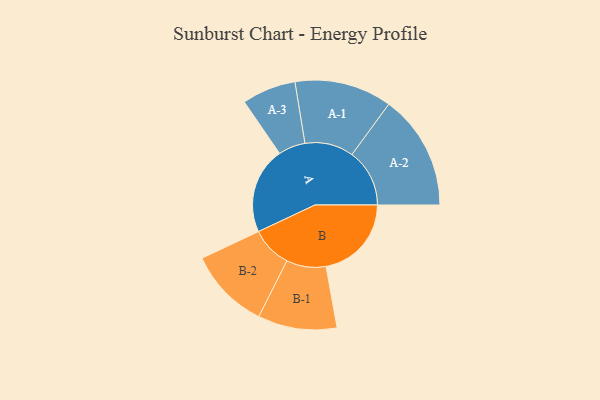
{"axis": {"x": "Segment", "y": "Value"}, "legend": ["", "A", "B"], "data": [{"x": "A", "y": 426, "type": ""}, {"x": "B", "y": 421, "type": ""}, {"x": "A-1", "y": 240, "type": "A"}, {"x": "A-2", "y": 284, "type": "A"}, {"x": "A-3", "y": 133, "type": "A"}, {"x": "B-1", "y": 195, "type": "B"}, {"x": "B-2", "y": 201, "type": "B"}]}